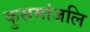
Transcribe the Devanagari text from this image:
कुसमांजलि